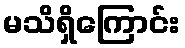
မသိရှိကြောင်း